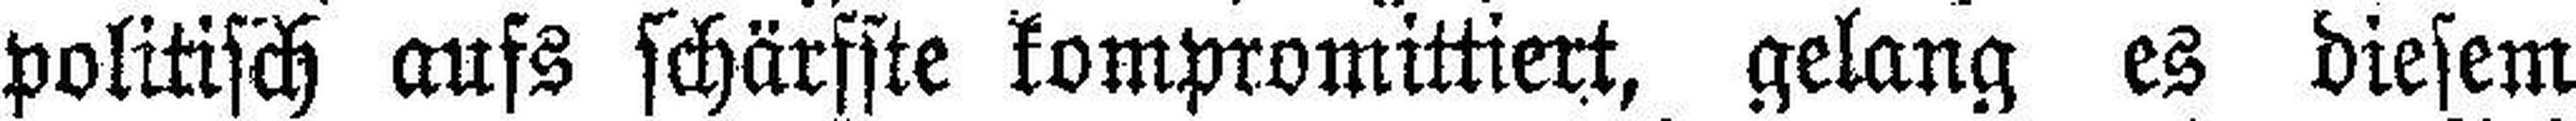
politisch aufs schärfste kompromittiert, gelang es diesem